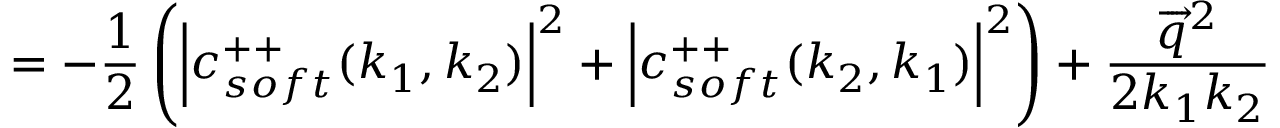
= - \frac 1 2 \left( \left| c _ { s o f t } ^ { + + } ( k _ { 1 } , k _ { 2 } ) \right| ^ { 2 } + \left| c _ { s o f t } ^ { + + } ( k _ { 2 } , k _ { 1 } ) \right| ^ { 2 } \right) + \frac { \overrightarrow { q } ^ { 2 } } { 2 k _ { 1 } k _ { 2 } }